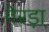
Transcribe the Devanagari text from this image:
गेरड़ा